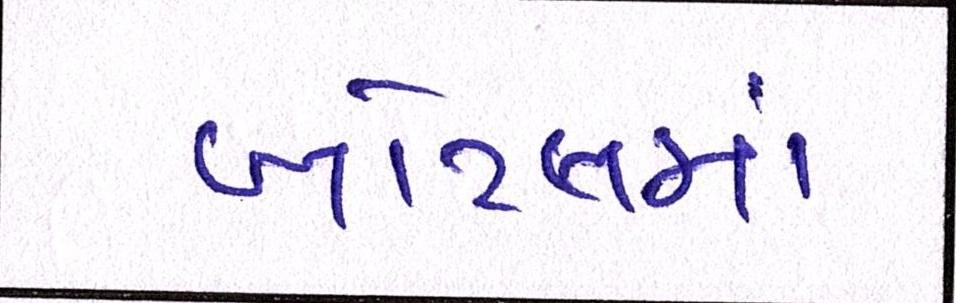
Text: બોટલમાં